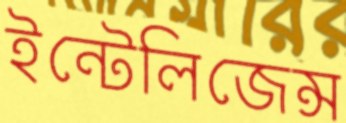
ইন্টেলিজেন্স